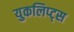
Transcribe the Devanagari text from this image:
युकलिप्ट्स